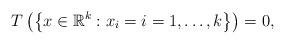
LaTeX: \begin{align*}T\left( \left\{ x\in \mathbb{R}^{k}:x_{i}=i=1,\ldots,k\right\} \right) =0, \end{align*}